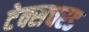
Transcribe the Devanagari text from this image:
टेक्सचरड